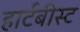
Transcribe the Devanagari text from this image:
हार्टबीस्ट